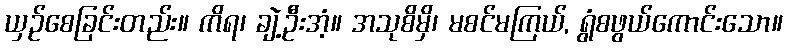
ယှဉ်စေခြင်းတည်း။ ကိရ၊ ချဲ့ဦးအံ့။ အသုစိမှိ၊ မစင်မကြယ်, ရွံစဖွယ်ကောင်းသော။